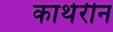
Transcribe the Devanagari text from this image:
काथेरीन